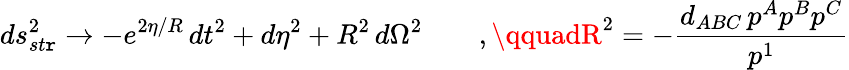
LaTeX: ds_{st\mathtt{r}}^{2}\rightarrow-e^{2\eta/R}\, dt^{2}+d\eta^{2}+R^{2}\, d\Omega^{2}\qquad,\qquadR^{2}=-{\frac{{d_{ABC}\, p^{A}p^{B}p^{C}}}{{p^{1}}}}